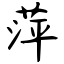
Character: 萍